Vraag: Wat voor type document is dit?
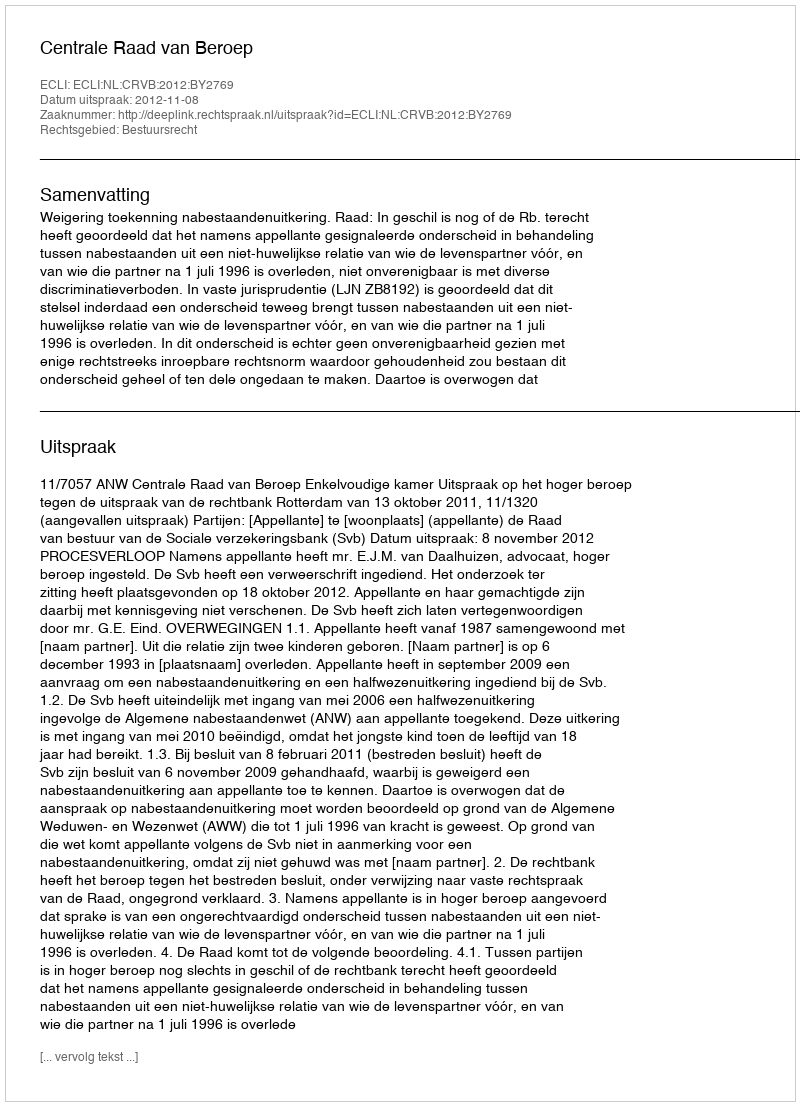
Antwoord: Uitspraak